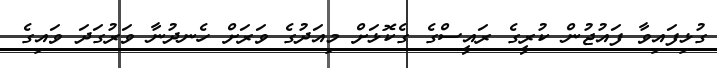
ގުޅިފައިވާ ފައުޖުން ކުރީގެ ރައީސްގެ ގެކޮޅަށް މިއަދުގެ ވަރަށް ހެނދުނާ ވަރުގަދަ ވައިގެ